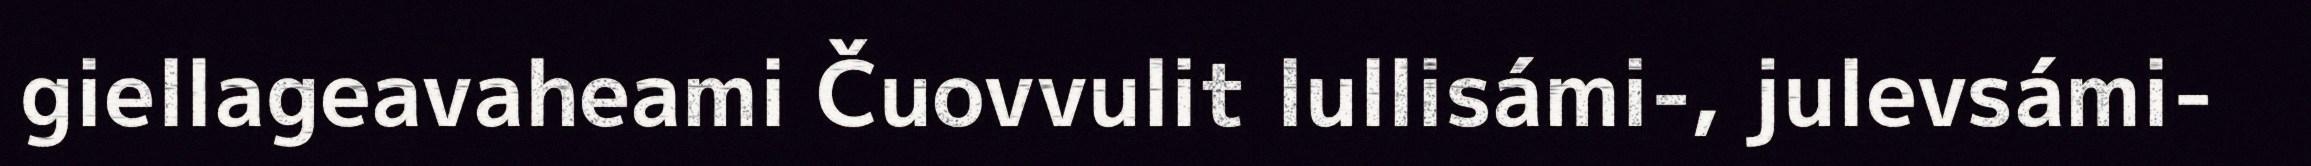
giellageavaheami Čuovvulit lullisámi-, julevsámi-